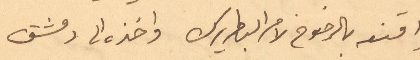
واقنعه بالرضوخ لامر البطريرك واخذه الى دمشق